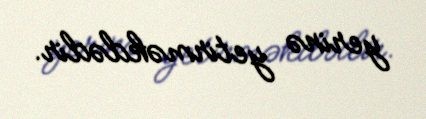
yerinə yetirməkdədir.